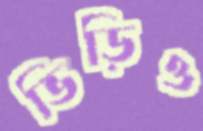
ভিড়িও